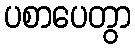
ပစာပေတွာ